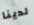
لدينا